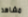
مشاهد